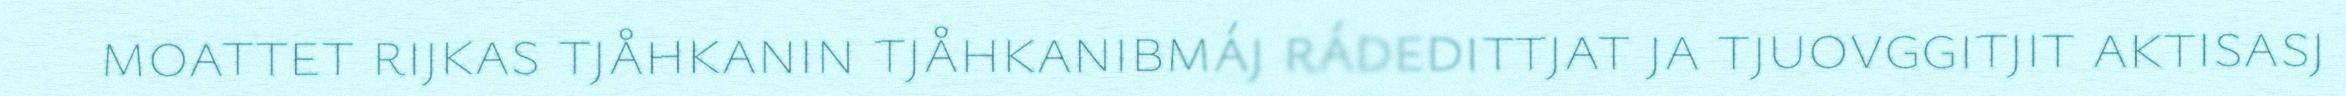
moattet rijkas tjåhkanin tjåhkanibmáj rádedittjat ja tjuovggitjit aktisasj